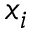
x _ { i }